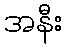
အနီး